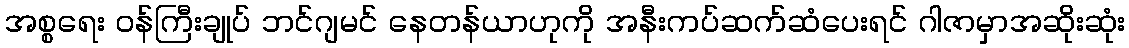
အစ္စရေး ဝန်ကြီးချုပ် ဘင်ဂျမင် နေတန်ယာဟုကို အနီးကပ်ဆက်ဆံပေးရင် ဂါဇာမှာအဆိုးဆုံး